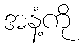
အနံ့ကို